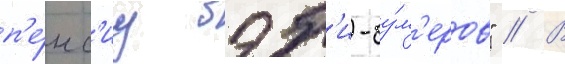
п'е́нс'иу бэб'и-бу́м'еров" // В